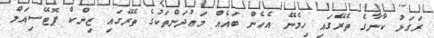
ރަގަޅު ކާނާގެ ތެރޭގައި ހިމެނޭ އެހެން ބައެއް މަޢުދަންތަކުގެ ތެރޭގައި ޒިންކް ޕޮޓޭސިއަމް